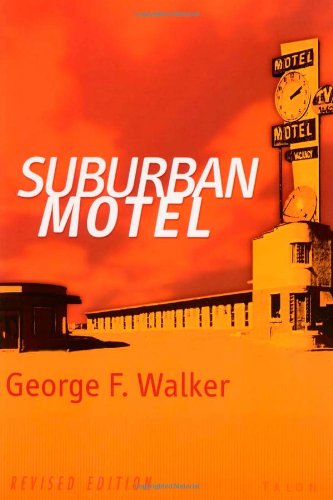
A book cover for Suburban Motel; George F. Walker; Literature & Fiction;